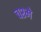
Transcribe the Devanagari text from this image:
चश्‍मे